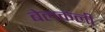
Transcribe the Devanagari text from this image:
बेलकली